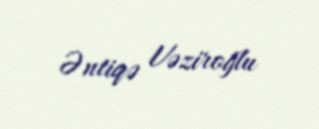
Əntiqə Vəziroğlu